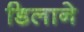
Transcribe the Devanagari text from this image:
डिलाने